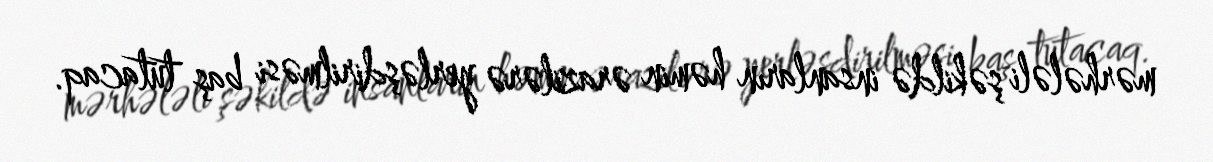
mərhələli şəkildə insanların həmin ərazilərə yerləşdirilməsi baş tutacaq.